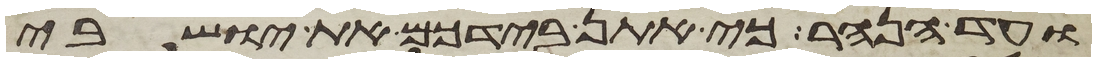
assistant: עד הנהר כי אתן בידכם את ישבי